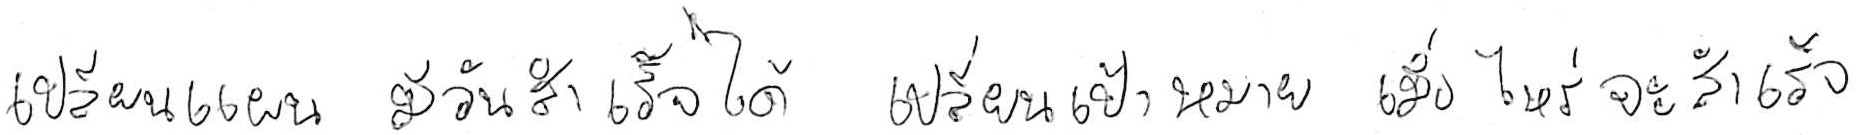
เปลี่ยนแผน มีวันสำเร็จได้ เปลี่ยนเป้าหมาย เมื่อไหร่จะสำเร็จ